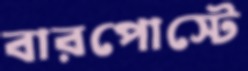
বারপোস্টে